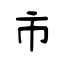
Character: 市